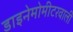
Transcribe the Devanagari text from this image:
डाइनेमोमीटरवाली